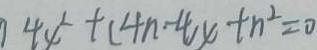
4 x ^ { 2 } + ( 4 n - 4 ) x + n ^ { 2 } = 0